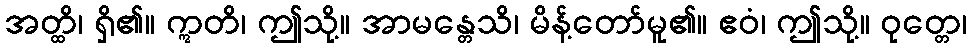
အတ္ထိ၊ ရှိ၏။ ဣတိ၊ ဤသို့။ အာမန္တေသိ၊ မိန့်တော်မူ၏။ ဧဝံ၊ ဤသို့။ ဝုတ္တေ၊